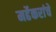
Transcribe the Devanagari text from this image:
मर्ढेकरांचे